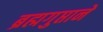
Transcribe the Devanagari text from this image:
ब्रह्मगुप्ताने